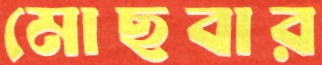
মোছবার